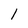
Character: 1